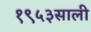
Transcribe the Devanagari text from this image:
१९५३साली